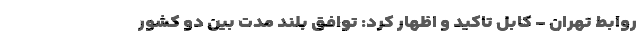
روابط تهران – کابل تاکید و اظهار کرد: توافق بلند مدت بین دو کشور